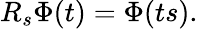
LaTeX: R_{s}\Phi(t)=\Phi(ts).